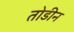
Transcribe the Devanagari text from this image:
तोडीन